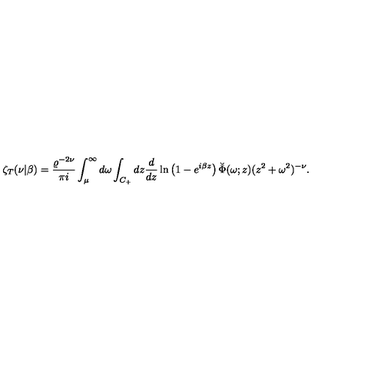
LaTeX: \zeta _ { T } ( \nu | \beta ) = { \frac { \varrho ^ { - 2 \nu } } { \pi i } } \int _ { \mu } ^ { \infty } d \omega \int _ { C _ { + } } d z { \frac { d } { d z } } \ln \left( 1 - e ^ { i \beta z } \right) \breve { \Phi } ( \omega ; z ) ( z ^ { 2 } + \omega ^ { 2 } ) ^ { - \nu } .